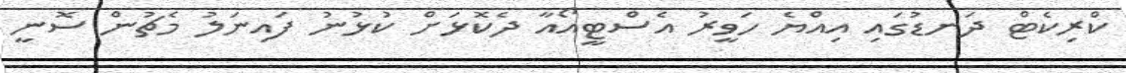
ކްރިކެޓް ދަނޑުގައި އިއްޔެ ހަވީރު އެސްޓީއޯއާ ދެކޮޅަށް ކުޅުނު ފައިނަލު މެޗުން ސޮނީ